Manual of vaccination for the United Provinces of Agra and Oudh -
Year: 1903
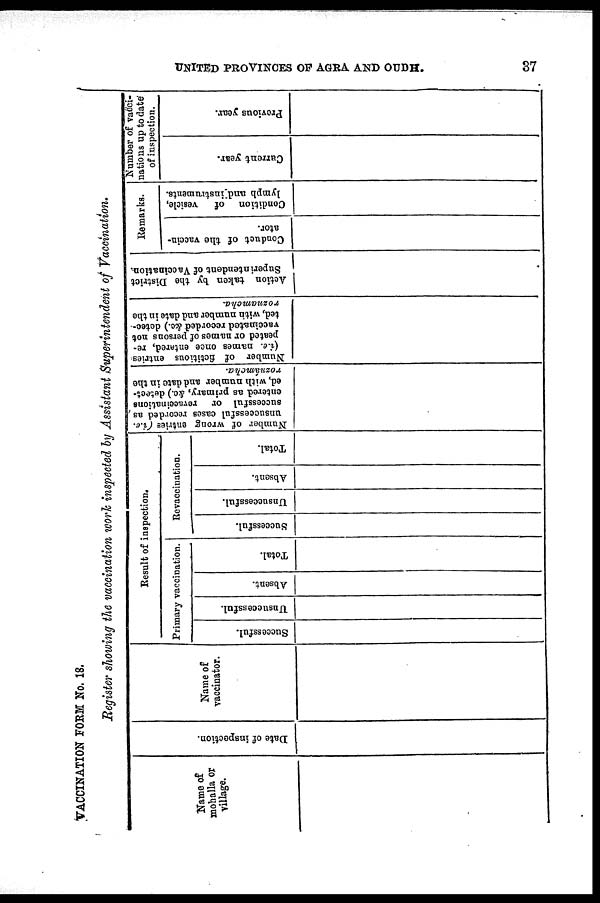
UNITED PROVINCES OF AGRA AND OUDH.
37
VACCINATION FORM No. 18.
Register showing the vaccination work inspected by Assistant Superintendent of Vaccination.
Name of
mohalla or
village.
Date of inspection.
Name of
vaccinator.
Result of inspection.
Primary vaccination.
Successful.
Unsuccessful.
Absent.
Total.
Revaccination.
Successful.
Unsuccessful.
Absent.
Total.
Number of wrong entries (i.e.
unsuccessful cases recorded as
successful or
revaccinations
entered as primary, &c.) detect-
ed, with number and date in the
roznámcha.
Number of fictitious entries
(i.e. names once entered, re-
peated or names of persons not
vaccinated recorded &c.) detec¬
ted, with number and date in the
roznamcha.
Action taken by the District
Superintendent of Vaccination.
Remarks.
Conduct of the vaccin-
ator.
Condition of
vesicle,
lymph and instruments.
Number of vacci-
nations up to date of inspection.
Current year.
Previous year.